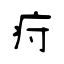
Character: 疛